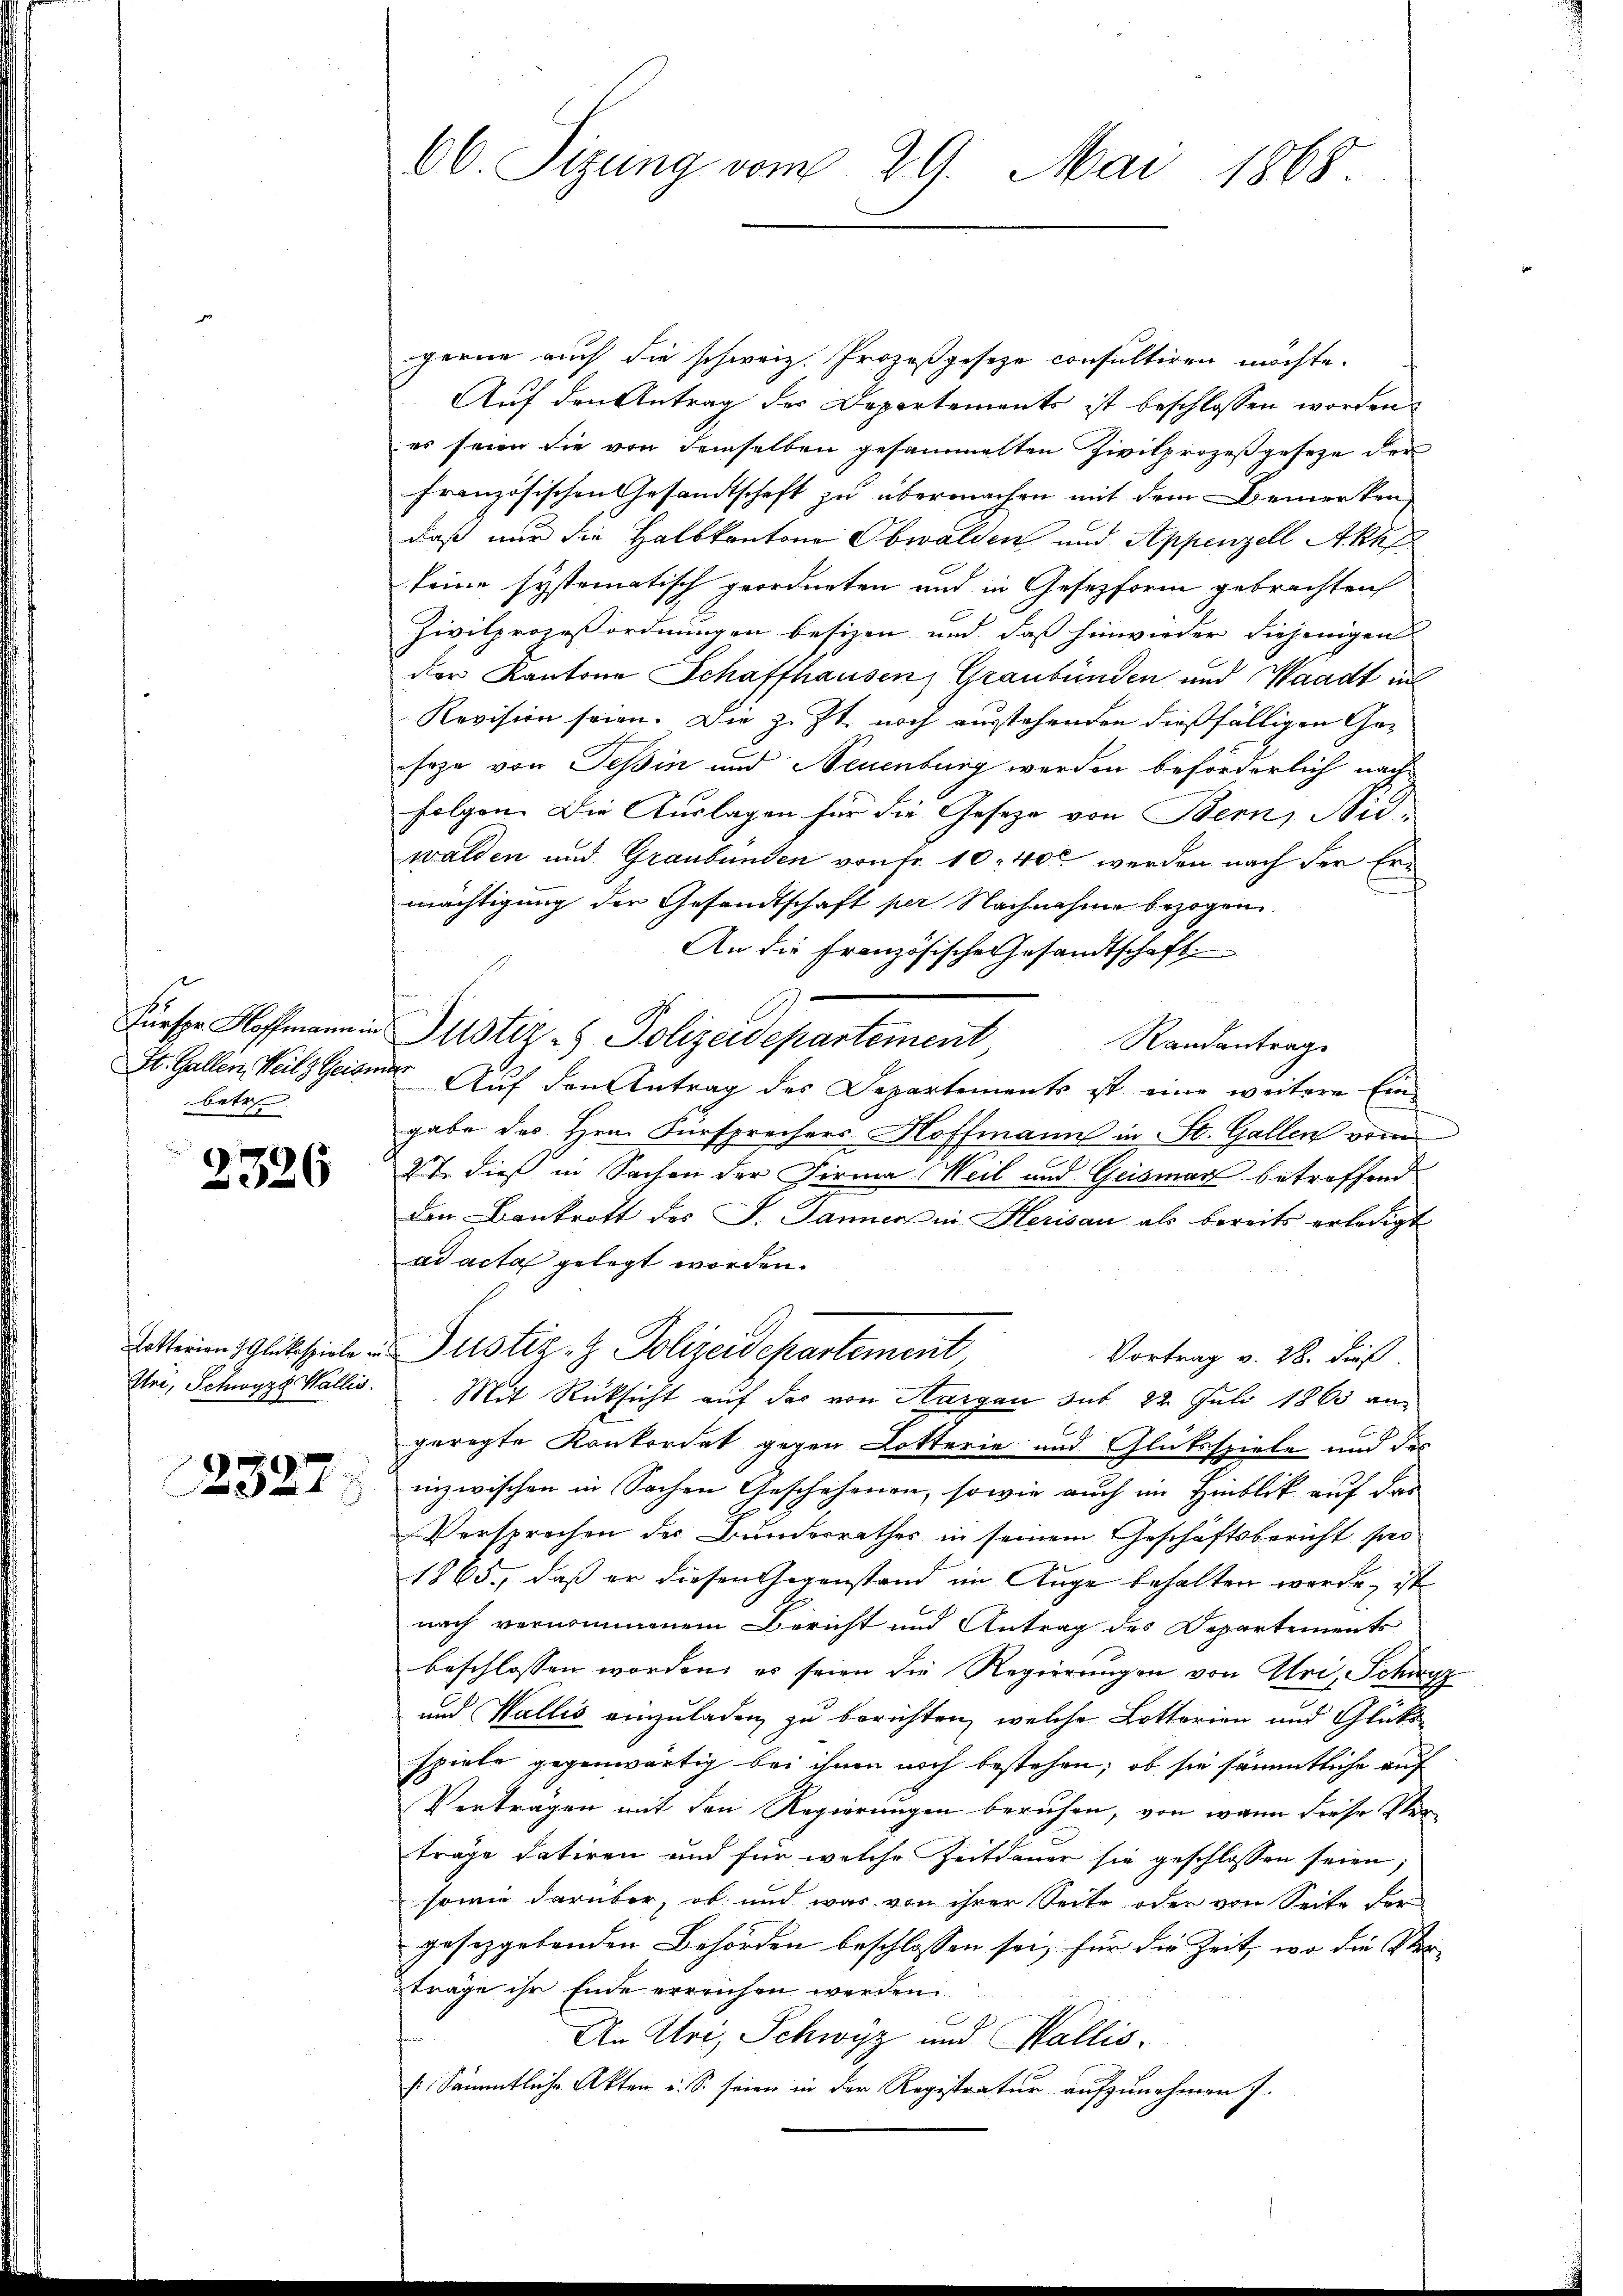
Fürspr. Hoffmann in
St. Gallen Weil & Geisen.
betre

326

Lotterien Glückespiele in
Uri, Schwyz Wallis.

2327)

66. Sizung vom 29. Mai 1868.

gerne auch die schweiz. Prozeßgeseze consultiren möchte.
Auf den Antrag des Departements ist beschlossen worden.
es seien die von demselben gesammelten Zivilprozeßgesetze der
französischen Gesandtschaft zu übermachen mit dem Bemerken
daß nur die Halbkantone Obwalden und Appenzell Akuf
keine systematisch geordneten und in Gesezform gebrachten
Zivilprozeßordnungen besizen und daß hinwieder diejenigen
der Kantone Schaffhausen, Graubünden und Waadt in
Revision seien. Die z. Zt. noch ausstehenden dießfälligen Gesoze von Teßin und Neuenburg werden beförderlich nach
folgen. Die Auslagen für die Geseze von Bern, Nidwalden und Graubünden von Fr. 10. 400 werden nach der Ermächtigung der Gesandtschaft per Nachnahme bezogen

An die französische Gesandtschaft
Jüster - Polizeidepartement,
Randantrage
 Auf den Antrag des Departements ist eine weitere Ein-
gabe des Hrn. Fürsprechers Hoffmann in St. Gallen vom
2
27. dieß in Sachen der Firma Weil und Geismar betreffend
den Bankrott des J. Danien in Herisau als bereits erledigt
ad acta gelegt worden.
Justiz- & Polizeidepartement
Vortrag v. 28. dieß.
Mit Rücksicht auf das von Aargau sub 22. Juli 1865 an-
geregte Konkordat gegen Lotterie und Glüksspiele und des
inzwischen in Sachen Geschehenen, sowie auch im Hinblick auf das
Versprechen der Bundesrathes in seinem Geschäftsbericht son
1865., daß er diesen Gegenstand im Auge behalten werde, ist
nach vernommenem Bericht und Antrag des Departements
beschlossen worden, es seien die Regierungen von Uri, Schwyz
und Wallis einzuladen zu berichten, welche Lotterien und Glücke
spiele gegenwärtig bei ihnen noch bestehen, ob sie sämmtliche auf
Verträgen mit den Regierungen beruhen, von wann diese Verträge datiren und für welche Zeitdauer sie geschlossen seien;
sowie darüber, ob und war von ihrer Seite oder von Seite der
gesetzgebenden Behörden beschlossen sei; für die Zeit, wo die Verträge ihr Ende erreichen werden.
An Uri, Schwyz und Wallis.
/. Sämmtliche Akten u. S. seien in der Registratur aufzunehmen s.